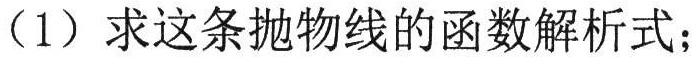
（1）求这条抛物线的函数解析式；